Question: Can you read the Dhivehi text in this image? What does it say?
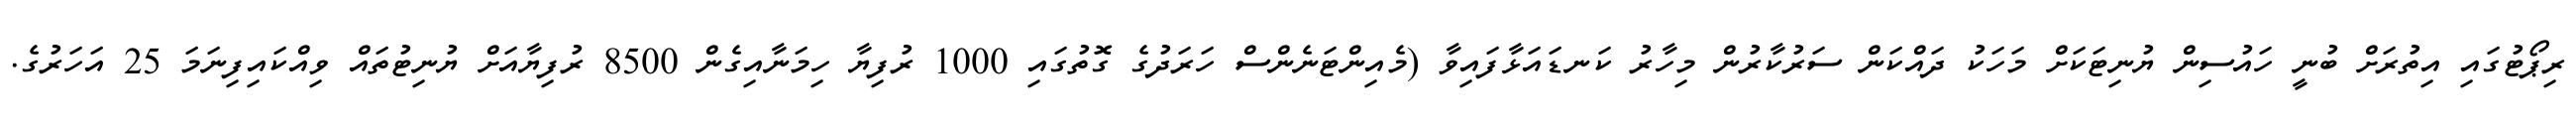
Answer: ރިޕޯޓުގައި އިތުރަށް ބުނީ ހައުސިން ޔުނިޓަކަށް މަހަކު ދައްކަން ސަރުކާރުން މިހާރު ކަނޑައަޅާފައިވާ (މެއިންޓަނެންސް ހަރަދުގެ ގޮތުގައި 1000 ރުފިޔާ ހިމަނާއިގެން 8500 ރުފިޔާއަށް ޔުނިޓުތައް ވިއްކައިފިނަމަ 25 އަހަރުގެ.